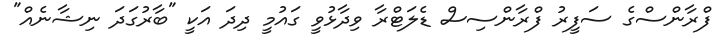
ފްރާންސްގެ ސަފީރު ފްރާންސިސް ޑެލަޓްރާ ވިދާޅުވީ ގައުމީ ދިދަ އަކީ "ބާރުގަދަ ނިޝާނެއް"